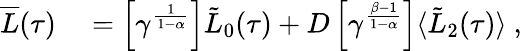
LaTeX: \begin{array}{rl}{\overline{{L}}(\tau)}&{{}=\left[\gamma^{\frac{1}{1-\alpha}}\right]\tilde{L}_{0}(\tau)+D\left[\gamma^{\frac{\beta-1}{1-\alpha}}\right]\langle\tilde{L}_{2}(\tau)\rangle\ ,}\end{array}